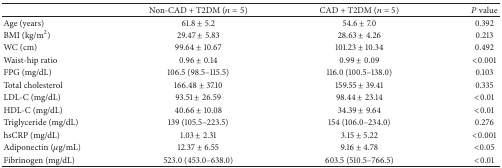
<table><thead><tr><td><b> </b></td><td><b>Non-CAD + T2DM (<i>n</i> = 5)</b></td><td><b>CAD + T2DM (<i>n</i> = 5)</b></td><td><b><i>P</i> value</b></td></tr></thead><tbody><tr><td>Age (years)</td><td>61.8 ± 5.2</td><td>54.6 ± 7.0</td><td>0.392</td></tr><tr><td>BMI (kg/m<sup>2</sup>)</td><td>29.47 ± 5.83</td><td>28.63 ± 4.26</td><td>0.213</td></tr><tr><td>WC (cm)</td><td>99.64 ± 10.67</td><td>101.23 ± 10.34</td><td>0.492</td></tr><tr><td>Waist-hip ratio</td><td>0.96 ± 0.14</td><td>0.99 ± 0.09</td><td>&lt;0.001</td></tr><tr><td>FPG (mg/dL)</td><td>106.5 (98.5–115.5)</td><td>116.0 (100.5–138.0)</td><td>0.103</td></tr><tr><td>Total cholesterol</td><td>166.48 ± 37.10</td><td>159.55 ± 39.41</td><td>0.335</td></tr><tr><td>LDL-C (mg/dL)</td><td>93.51 ± 26.59</td><td>98.44 ± 23.14</td><td>&lt;0.01</td></tr><tr><td>HDL-C (mg/dL)</td><td>40.66 ± 10.08</td><td>34.39 ± 9.64</td><td>&lt;0.01</td></tr><tr><td>Triglyceride (mg/dL)</td><td>139 (105.5–223.5)</td><td>154 (106.0–234.0)</td><td>0.276</td></tr><tr><td>hsCRP (mg/dL)</td><td>1.03 ± 2.31</td><td>3.15 ± 5.22</td><td>&lt;0.001</td></tr><tr><td>Adiponectin (<i>μ</i>g/mL)</td><td>12.37 ± 6.55</td><td>9.16 ± 4.78</td><td>&lt;0.05</td></tr><tr><td>Fibrinogen (mg/dL)</td><td>523.0 (453.0–638.0)</td><td>603.5 (510.5–766.5)</td><td>&lt;0.01</td></tr></tbody></table>